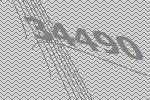
34490